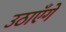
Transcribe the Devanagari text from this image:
उठाएँगे